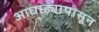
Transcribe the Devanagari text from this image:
आघाड्यापासून